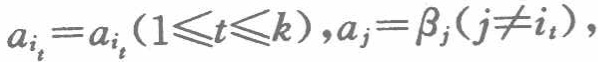
\(a_{i_t}=a_{i_t}(1\leqslant t\leqslant k),a_j = \beta_j(j\neq i_t)\)